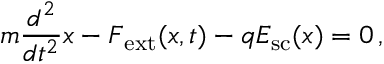
m \frac { d ^ { 2 } } { d t ^ { 2 } } \boldsymbol { x } - \boldsymbol { F } _ { \mathrm { e x t } } ( \boldsymbol { x } , t ) - q \boldsymbol { E } _ { \mathrm { s c } } ( \boldsymbol { x } ) = 0 \, ,